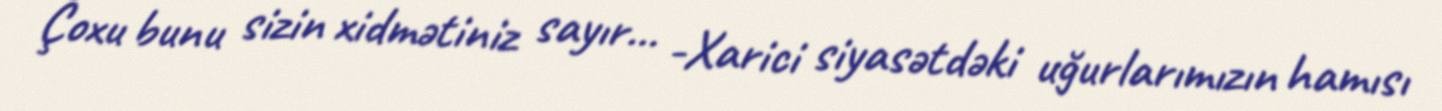
Çoxu bunu sizin xidmətiniz sayır... -Xarici siyasətdəki uğurlarımızın hamısı